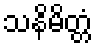
သနိမိတ္တံ